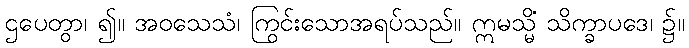
ဌပေတွာ၊ ၍။ အဝသေသံ၊ ကြွင်းသောအရပ်သည်။ ဣမသ္မိံ သိက္ခာပဒေ၊ ၌။